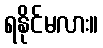
ရနိုင်မလား။